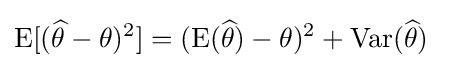
\operatorname {E} [({\widehat {\theta }}-\theta )^{2}]=(\operatorname {E} ({\widehat {\theta }})-\theta )^{2}+\operatorname {Var} ({\widehat {\theta }})\